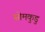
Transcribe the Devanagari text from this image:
सोमकुडु